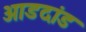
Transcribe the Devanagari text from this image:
आडदांड